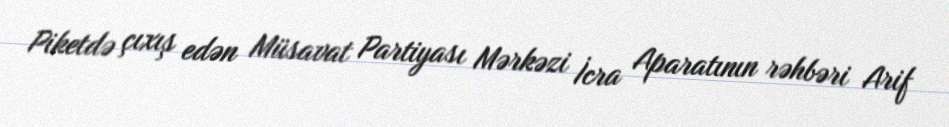
Piketdə çıxış edən Müsavat Partiyası Mərkəzi İcra Aparatının rəhbəri Arif